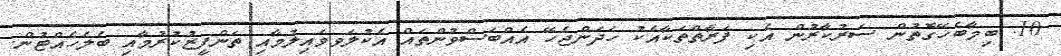
10. ބިމާބެހޭގޮތުން ސަރުކާރުން އެކި ފަރާތްތަކާއެކު ހަދަންޖެހޭ އެއްބަސްވުންތައް އެކުލަވވައިލުމާއި ތަންފީޒުކުރުމާއި ބެލެހެއްޓުން.